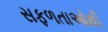
સફળતાઓથી